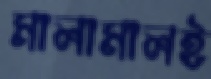
মালামালই